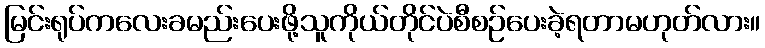
မြင်းရုပ်ကလေးခမည်းပေးဖို့သူကိုယ်တိုင်ပဲစီစဉ်ပေးခဲ့ရတာမဟုတ်လား။